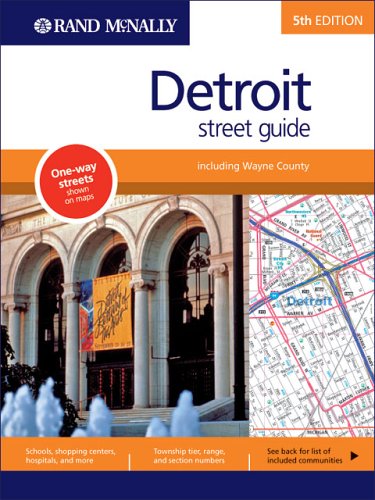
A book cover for Rand McNally Detroit, Michigan: Street Guide; Rand McNally and Company; Travel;